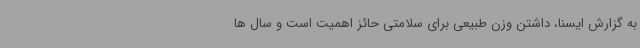
به گزارش ایسنا، داشتن وزن طبیعی برای سلامتی حائز اهمیت است و سال ها